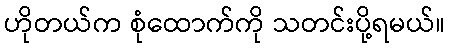
ဟိုတယ်က စုံထောက်ကို သတင်းပို့ရမယ်။